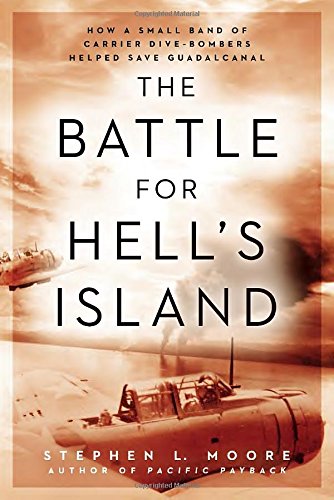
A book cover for The Battle for Hell's Island: How a Small Band of Carrier Dive-Bombers Helped Save Guadalcanal; Stephen L. Moore; History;